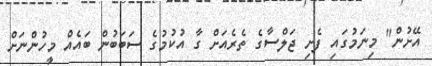
އޭށުން" މިނަމުގައި ފެށި ޖަލްސާގެ ތެރެއަށް ގާ އުކުމުގެ ސަބަބުން ބައެއް މީހުންނަށް